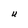
Character: U